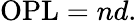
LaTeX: {\mathrm{OPL}}=nd.